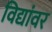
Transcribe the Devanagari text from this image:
विद्यांवर